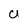
Character: U